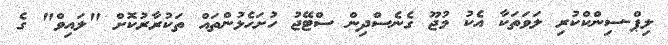
ލިޕް-ސިންކްކުރި ލަވަތަކާ އެކު މުޖޫ ގެނެސްދިން ސްޓޭޖު ހުށަހެޅުންތައް ތަކުރާރުކޮށް "ލައިވް" ގެ